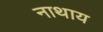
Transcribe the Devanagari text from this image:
नाथाय